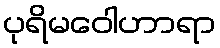
ပုရိမဝေါဟာရာ